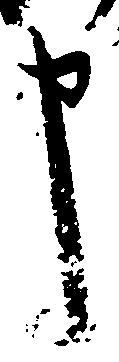
申